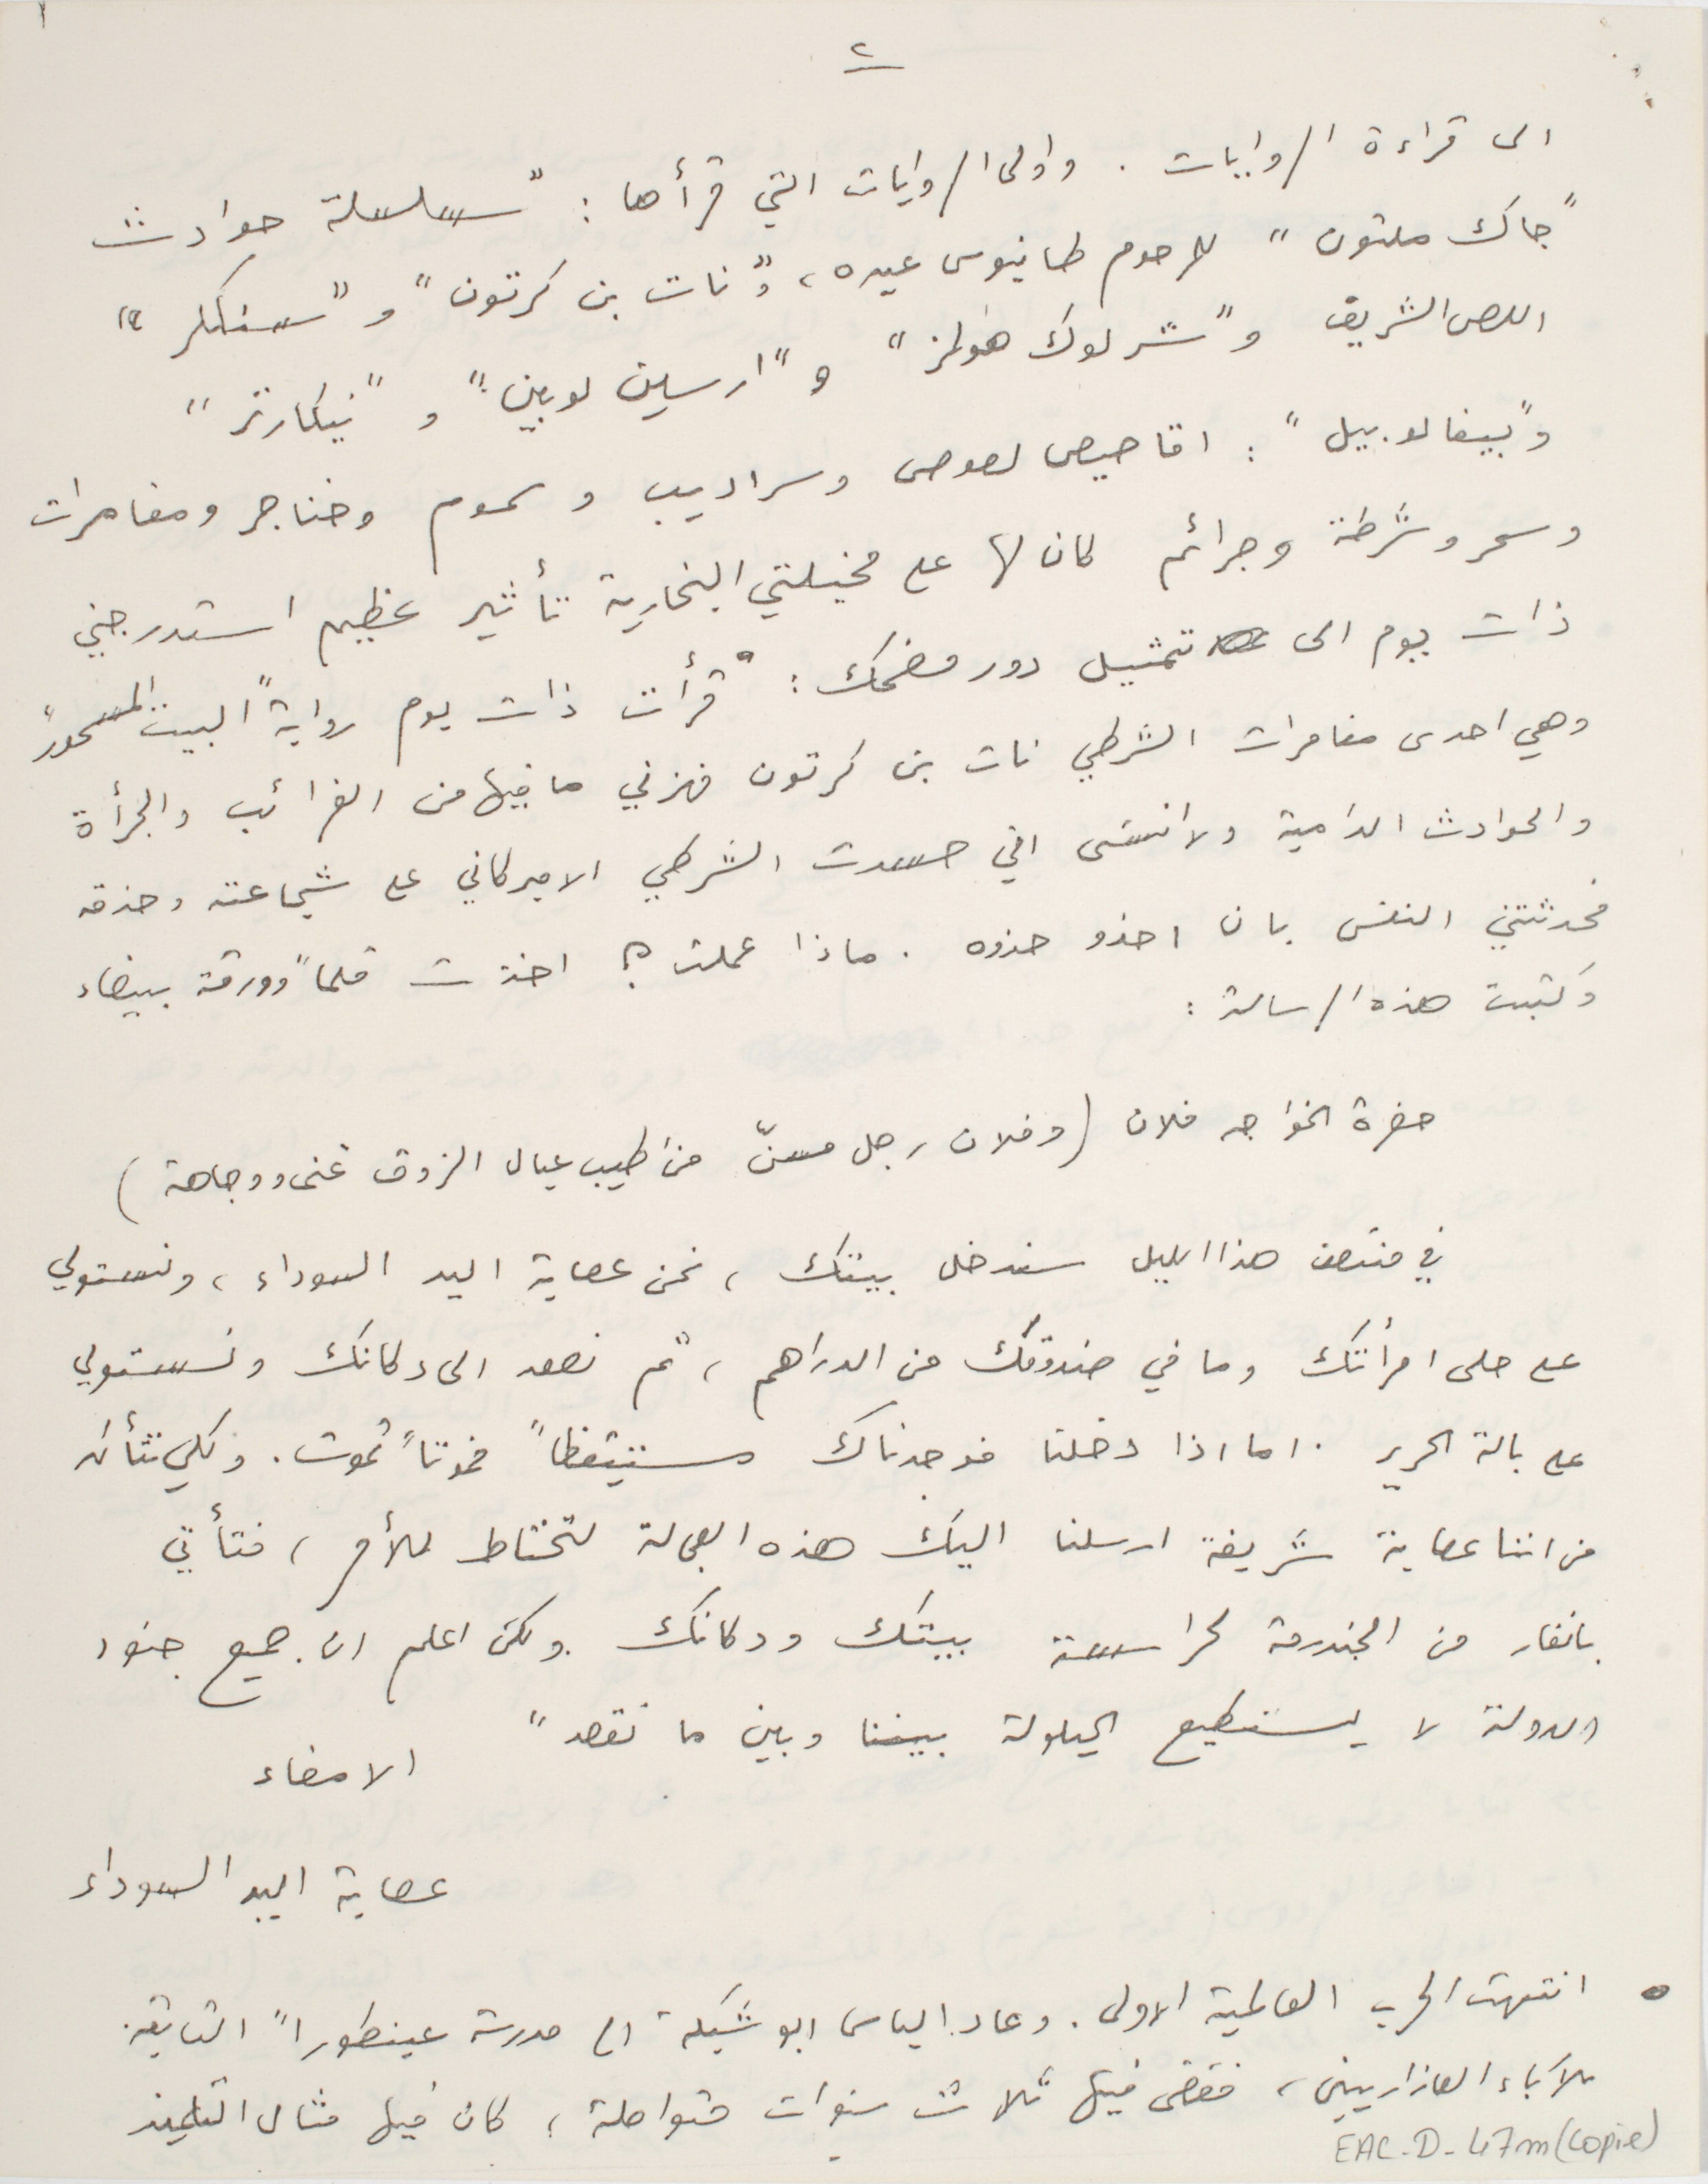
٢                                                    ١
 الى قراءة الروايات. واولى الروايات التي قرأها : "سلسلة حوادث
"جاك ملتون" للمرحوم طانيوس عيده، و"نات بن كرتون" و"سنكلر"
اللص الشريف و"شرلوك هولز" و"ارسين لوبين" و"نيكارتر"
وبيفا لابيل": اقاصيص لصوص وسراديب وسموم وخناجر ومغامرات
وسحر وشرطة وجرائم كان لها على مخيلتي البخارية تأثير عظيم استدرجني
ذات يوم الى تمثيل دور مضحك: "قرأت ذات يوم رواية "البيت المسحور"
وهي احدى مغامرات الشرطي نات بن كرتون فهزني ما فيها من الغرائب والجرأة
والحوادث الدامية ولا انسَى اني حسدت الشرطي الاميركاني على شجاعته وحذقه
فحدثتني النفس بان احذو حذوه. ماذا عملت ؟ اخذت قلماً وورقة بيضاء
وكتبت هذه الرسالة :
حضرة الخواجه فلان (وفلان رجل مسنّ من اطيب عيال الزوق غنى ووجاهة)
في منتصف هذا الليل سندخل بيتك، نحن عصابة اليد السوداء، ونستولي
على حلى امرأتك وما في صندوقك من الدراهم، ثم نصعد الى دكانك ونستولي
على بالة الحرير. اما اذا دخلنا فوجدناك مستيقظاً فموتاً تموت. ولكي نتأكد
من اننا عصابة شريفة ارسلنا اليك هذه العجالة لتحتاط للأمر، فتأتي
بانفار من الجندرمة لحراسة بيتك ودكانك ولكن اعلم ان جميع جنود
الدولة لا يستطيع الحيلولة بيننا وبين ما نقصد"
  الامضاء
عصابة اليد السوداء
- انتهت الحرب العالمية الاولى. وعاد الياس ابو شبكة الى مدرسة عينطوراً التابعة.
للآباء العازاريين، فقضى فيها ثلاث سنوات متواصلة، كان فيها مثال التلميذ
EAC-D-47m(copie)